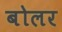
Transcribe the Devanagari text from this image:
बोलर